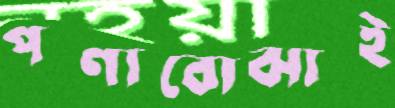
পণ্যবোঝাই